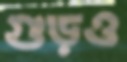
গুড়ও